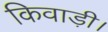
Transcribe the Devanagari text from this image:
किवाड़ी।